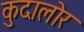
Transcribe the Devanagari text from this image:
कुदालोर